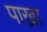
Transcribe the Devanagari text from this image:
पाख्रा